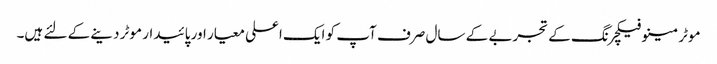
موٹر مینوفیکچرنگ کے تجربے کے سال صرف آپ کو ایک اعلی معیار اور پائیدار موٹر دینے کے لئے ہیں۔